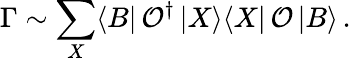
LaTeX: \Gamma\sim\sum_{X}\langle B|\, {\cal O}^{\dagger}\, |X\rangle\langle X|\, {\cal O}\, |B\rangle\, .